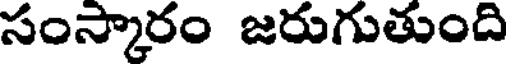
సంస్కారం జరుగుతుంది